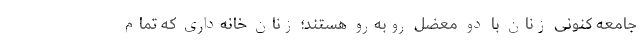
جامعه کنونی زنان با دو معضل روبه‌رو هستند؛ زنان خانه‌داری که تمام